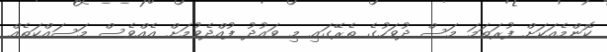
ކޮންމެއަކަށް ފުރަތަމަ މަސް ދުވަހުގެ ތެރޭގައި މި ވައުދު ފުއްދެވުމަށް އެއްވެސް މަސައްކަތެއް